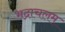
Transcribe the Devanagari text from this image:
भद्राचलम्‌